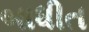
બાધીત